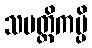
သပတ္တိကမ္ပိ